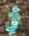
أتي